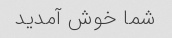
شما خوش آمدید